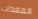
المعدات